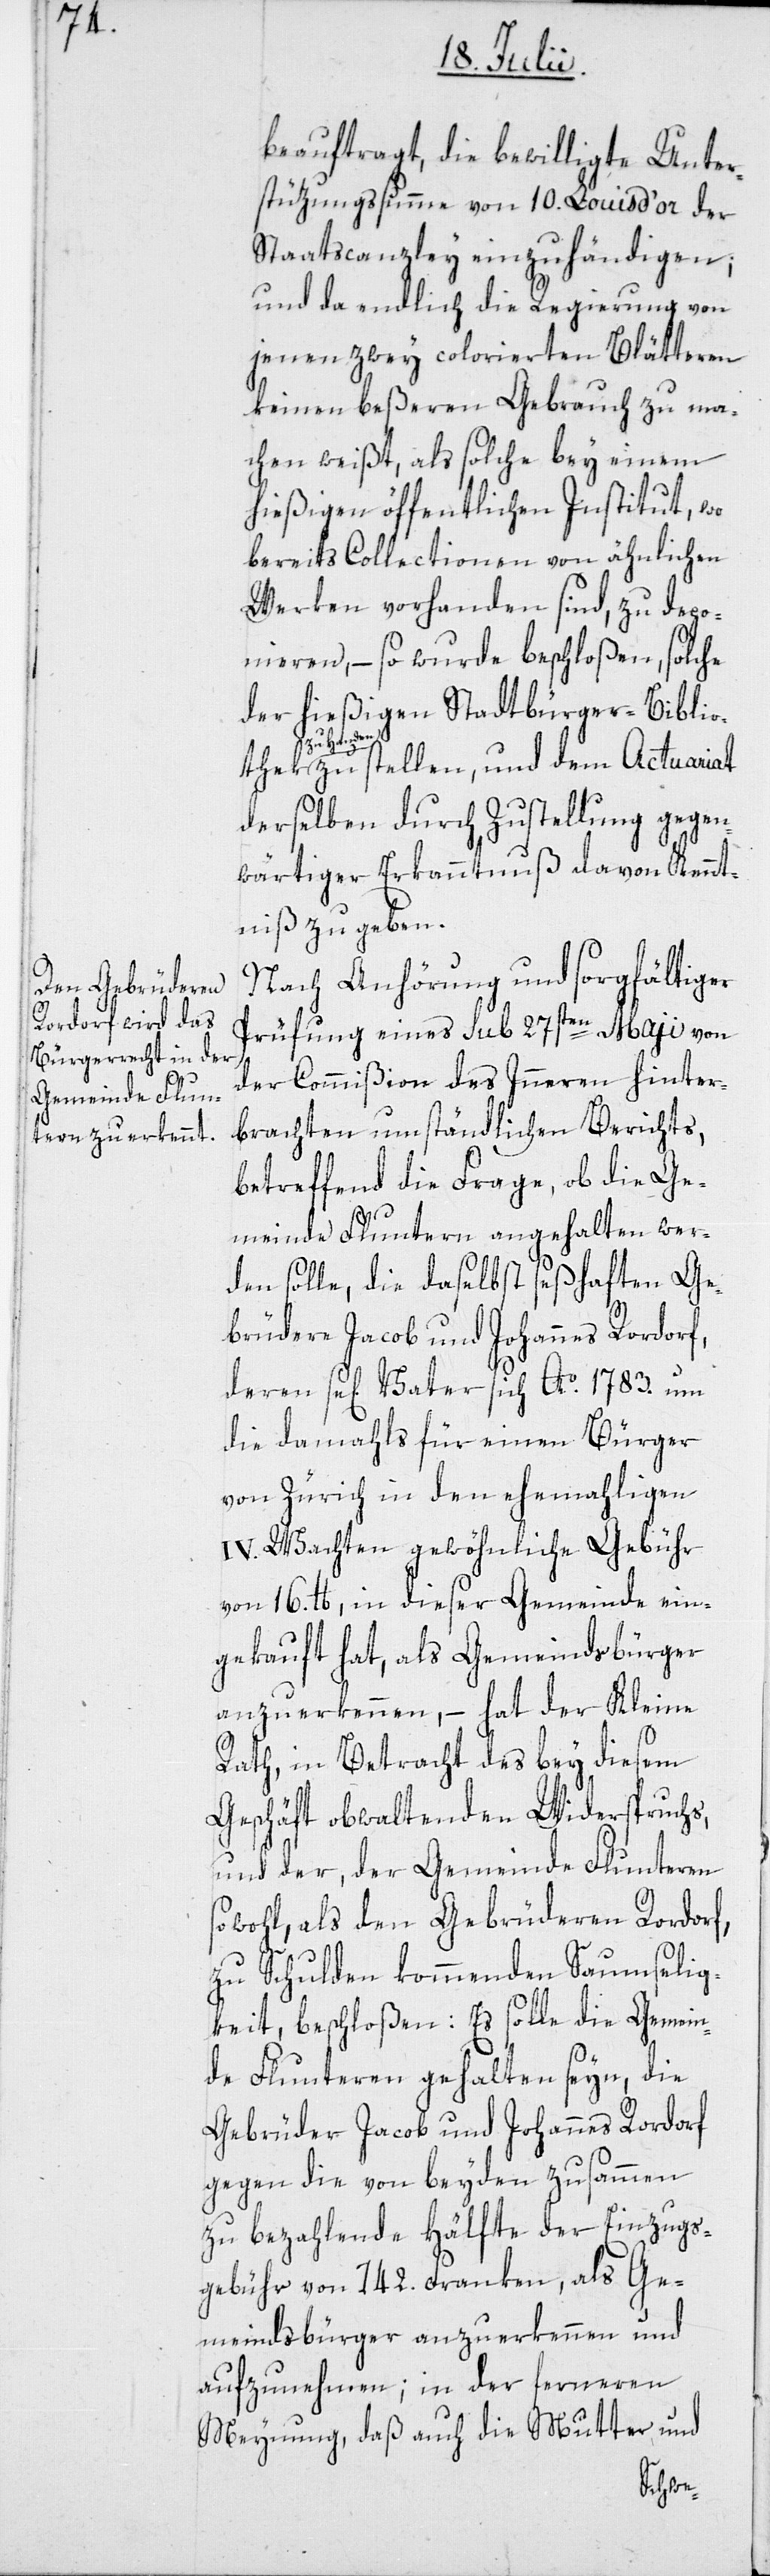
beauftragt, die bewilligte Unter¬
stüzungssumme von 10. Louis d’or der
Staatscanzley einzuhändigen;
und da endlich die Regierung von
jenen zwey colorierten Blätteren
keinen beßeren Gebrauch zu ma¬
chen weißt, als solche bey einem
hießigen öffentlichen Institut, wo
bereits Collectionen von ähnlichen
Werken vorhanden sind, zu depo¬
nieren, – so wurde beschloßen, solche
der hießigen Stadtbürger-Biblio¬
thek zu Han¬
den zu stellen, und dem Actuariat
derselben durch Zustellung gegen¬
wärtiger Erkanntnuß davon Kennt¬
niß zu geben.
Nach Anhörung und sorgfältiger
Prüfung eines sub 27sten Maji von
der Commißion des Inneren hinter¬
brachten umständlichen Berichts,
betreffend die Frage, ob die Ge¬
meinde Fluntern angehalten wer¬
den solle, die daselbst seßhaften Ge¬
brüdere Jacob und Johannes Rordorf,
deren se[liger] Vater sich Ao. 1783. um
die damahls für einen Bürger
von Zürich in den ehemahligen
IV. Wachten gewöhnliche Gebühr
von 16. lb., in dieser Gemeinde ein¬
gekauft hat, als Gemeindsbürger
anzuerkennen, – hat der Kleine
Rath, in Betracht des bey diesem
Geschäft obwaltenden Widerspruchs,
und der, der Gemeinde Flunteren
sowohl, als den Gebrüderen Rordorf,
zu Schulden kommenden Saumselig¬
keit, beschloßen: Es solle die Gemein¬
de Flunteren gehalten seyn, die
Gebrüder Jacob und Johannes Rordorf
gegen die von beyden zusammen
zu bezahlende Hälfte der Einzugs¬
gebühr von 142. Franken, als Ge¬
meindsbürger anzuerkennen und
aufzunehmen; in der ferneren
Meynung, daß auch die Mutter und